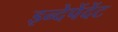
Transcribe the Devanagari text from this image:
इन्देपेंदेंट